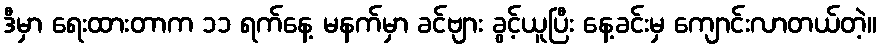
ဒီမှာ ရေးထားတာက ၁၁ ရက်နေ့ မနက်မှာ ခင်ဗျား ခွင့်ယူပြီး နေ့ခင်းမှ ကျောင်းလာတယ်တဲ့။